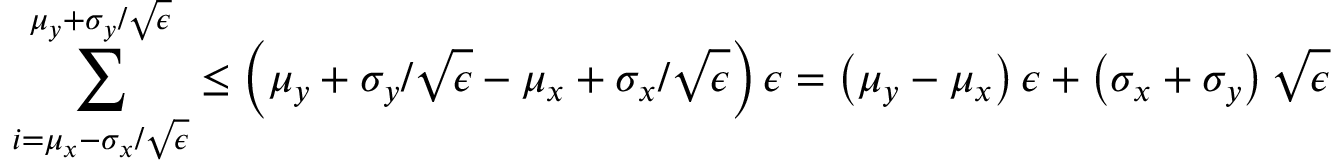
\sum _ { i = \mu _ { x } - \sigma _ { x } / \sqrt { \epsilon } } ^ { \mu _ { y } + \sigma _ { y } / \sqrt { \epsilon } } \leq \left( \mu _ { y } + \sigma _ { y } / \sqrt { \epsilon } - \mu _ { x } + \sigma _ { x } / \sqrt { \epsilon } \right) \epsilon = \left( \mu _ { y } - \mu _ { x } \right) \epsilon + \left( \sigma _ { x } + \sigma _ { y } \right) \sqrt { \epsilon }